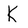
Character: K